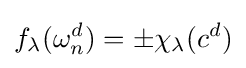
f_{\lambda }(\omega _{n}^{d})=\pm \chi _{\lambda }(c^{d})